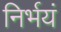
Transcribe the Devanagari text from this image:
निर्भयं